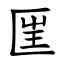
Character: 匩